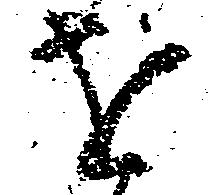
を